Problem: 24 - 10 = ?
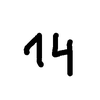
Handwritten answer: 14